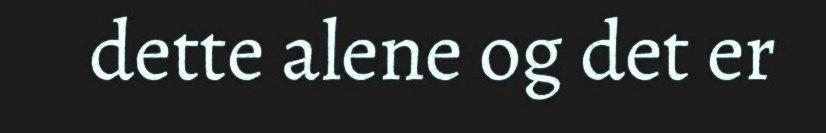
dette alene og det er